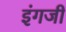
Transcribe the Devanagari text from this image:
इंगजी